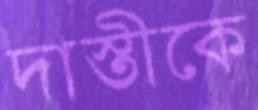
দাস্তীকে